Alatskivi_vallavalitsus_et, lk 98
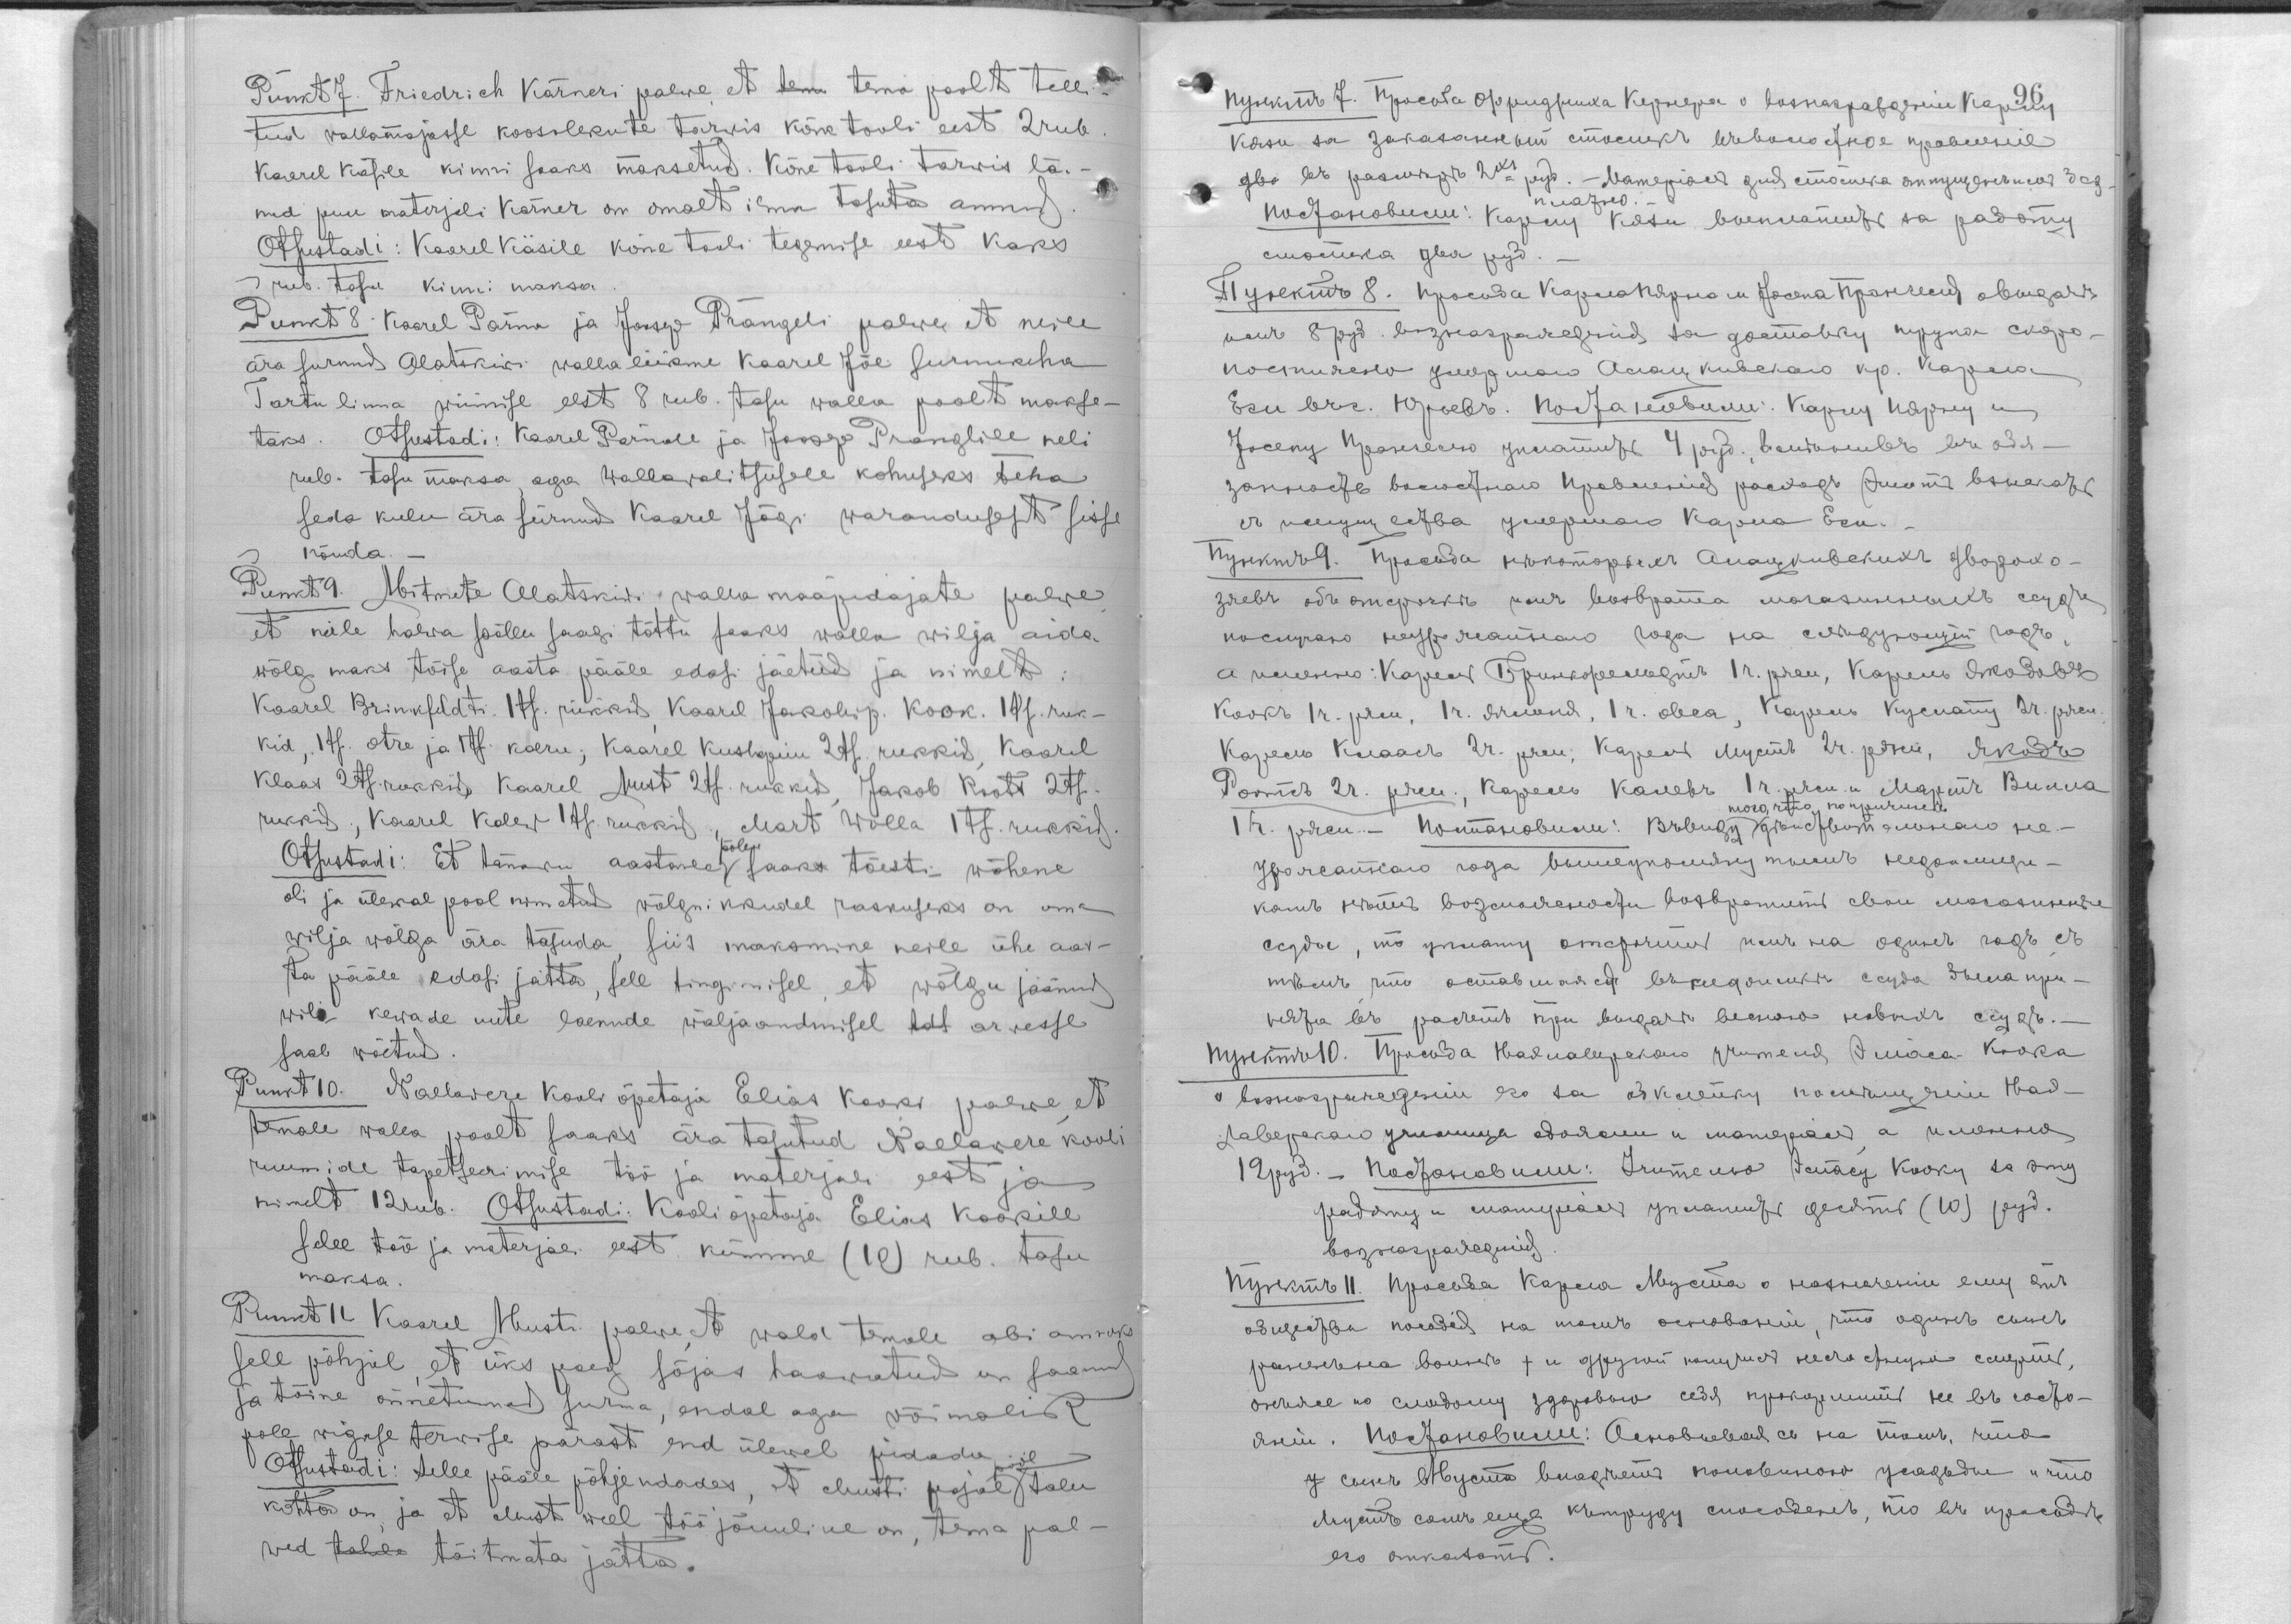
Punkt 7. Friedrich Kärneri palwe, et tem tema poolt telli-
tud wallamajasse kooeolekute tarwis kõne tooli eest 2 rub.
Kaarel Käsile kinni saaks maksetud. Kõne tooli tarwis läi-
nud puu materjali Kärner on omalt ilma tasuta annud.
Otsustadi: Kaarel Käsile kõne tooli tegemise eest kaks
rub. tasu kinni maksa.
Punkt 8. Kaarel Pärna ja Joosep Prangeli palwe et neile
ära surnud Alatskiwi wallaliikme Kaarel Jõe surnukeha
Tartu linna wiimise eest 8 rub. tasu walla poolt makse-
taks. Otsustadi: Kaarel Pärnale ja joosel Pranglile neli
rub.  tasu maksa aga wallawalitsusele kohuseks teha
seda kulu ära surnud Kaarel Jõgi warandusest sisse
nõuda.
Punkt 9. Mitmete Alatskiwi walla maapidajate palwe
et neile halwa põllu saagi tõttu saaks walla wilja aida
wõlg maks tõise aasta pääle edasi jäetud ja nimelt:
Kaarel Brinkfeldti 1 ts. rukkid, Kaarel Jakobi p. Kook 1 ts. ruk-
kid, 1 ts. otre ja 1 ts. kaeru; Kaarel Kuslapuu 2 ts. rukkid, Kaarel
Klaas 2 ts. rukkid, Kaarel Must 2 ts. rukkud, Jakob Roots 2 ts.
rukkid, Kaarel Kalew 1 ts. rukkid, Mart Willa 1 ts. rukkid.
Otsustadi: Et tänawu aastane ? saaks tõesti wähene
oli ja ülewal pool nimetud wõlgnikkudel raskuseks on oma
wilja wõlga ära tasuda, siis maksmine neile ühe aas-
ta pääle edasi jätta, sell tingimisel et wõlgu jäänud
wili kewade uute laenude wäljaandmisel tal arwesse
saab wõetud.
Punkt 10. Naelawere kooli õpetaja Elias Kooki palwe, et
temale walla poolt saaks ära tasutud Maelawere kooli
ruumide tapetseerimise töö ka materjai eest ja
nimelt 12 rub. Otsustadi: Kooliõpetaja Elias Kookile
selle töö ja materjali eest kümme (10) rub. tasu
maksa.
Punkt 11. Kaarel Musti palwe, et wald temale abu annaks
sell põhjul, et üks poeg sõjas haawatud on saanud
ja tõine õnnetunud surma, endal aga wõimalik
pole wigase terwise pärast end ülewel pidada
Otsustadi: Selle pääle põhjendades, et Musti pojal pool talu
kohta on, ja et Must weel tääjõuline on, tema pal-
wed tahele täitmata jätta.